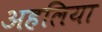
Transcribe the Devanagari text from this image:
अहलिया